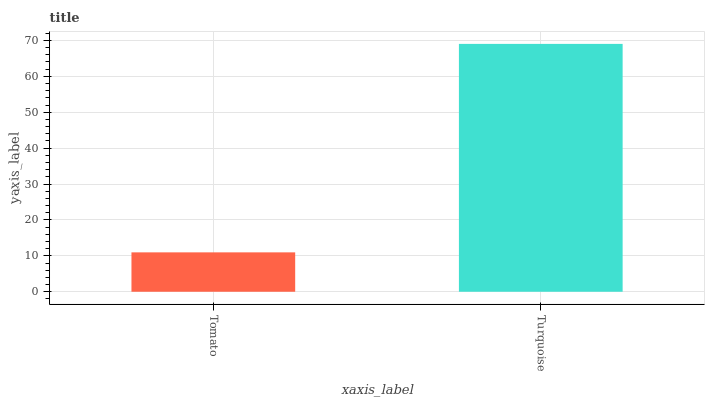
| xaxis_label | bars |
 | --- | --- |
 | Tomato | 11 |
 | Turquoise | 69 |